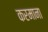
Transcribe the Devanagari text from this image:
करमाना